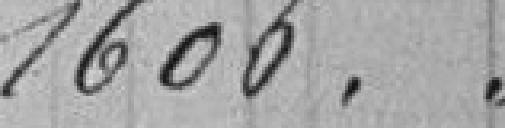
1606.